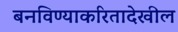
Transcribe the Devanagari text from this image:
बनविण्याकरितादेखील